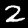
Digit: 2